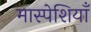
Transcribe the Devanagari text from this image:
मास्पेशियाँ